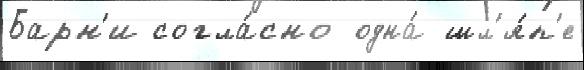
Барн'и согла́сно одна́ шл'я́п'е